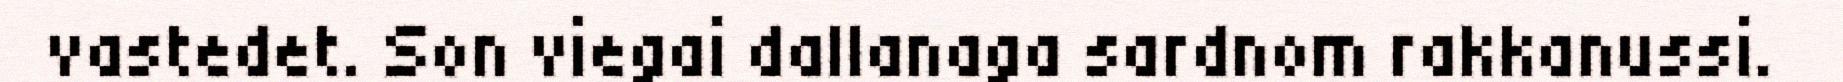
vastedet. Son viegai dallanaga sardnom rakkanussi.